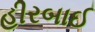
હીરબાઈ